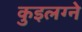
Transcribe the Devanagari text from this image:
कुइलग्ने